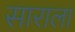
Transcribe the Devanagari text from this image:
साराला